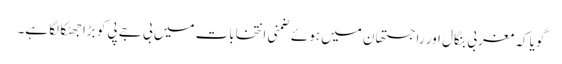
گویا کہ مغربی بنگال اور راجستھان میں ہوئے ضمنی انتخابات میں بی جے پی کو بڑا جھٹکا لگا ہے۔